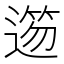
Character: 𨖃